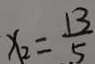
x _ { 2 } = \frac { 1 3 } { 5 }